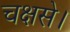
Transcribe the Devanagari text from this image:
चक्षसे।